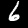
Digit: 6